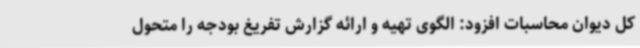
کل دیوان محاسبات افزود: الگوی تهیه و ارائه گزارش تفریغ بودجه را متحول